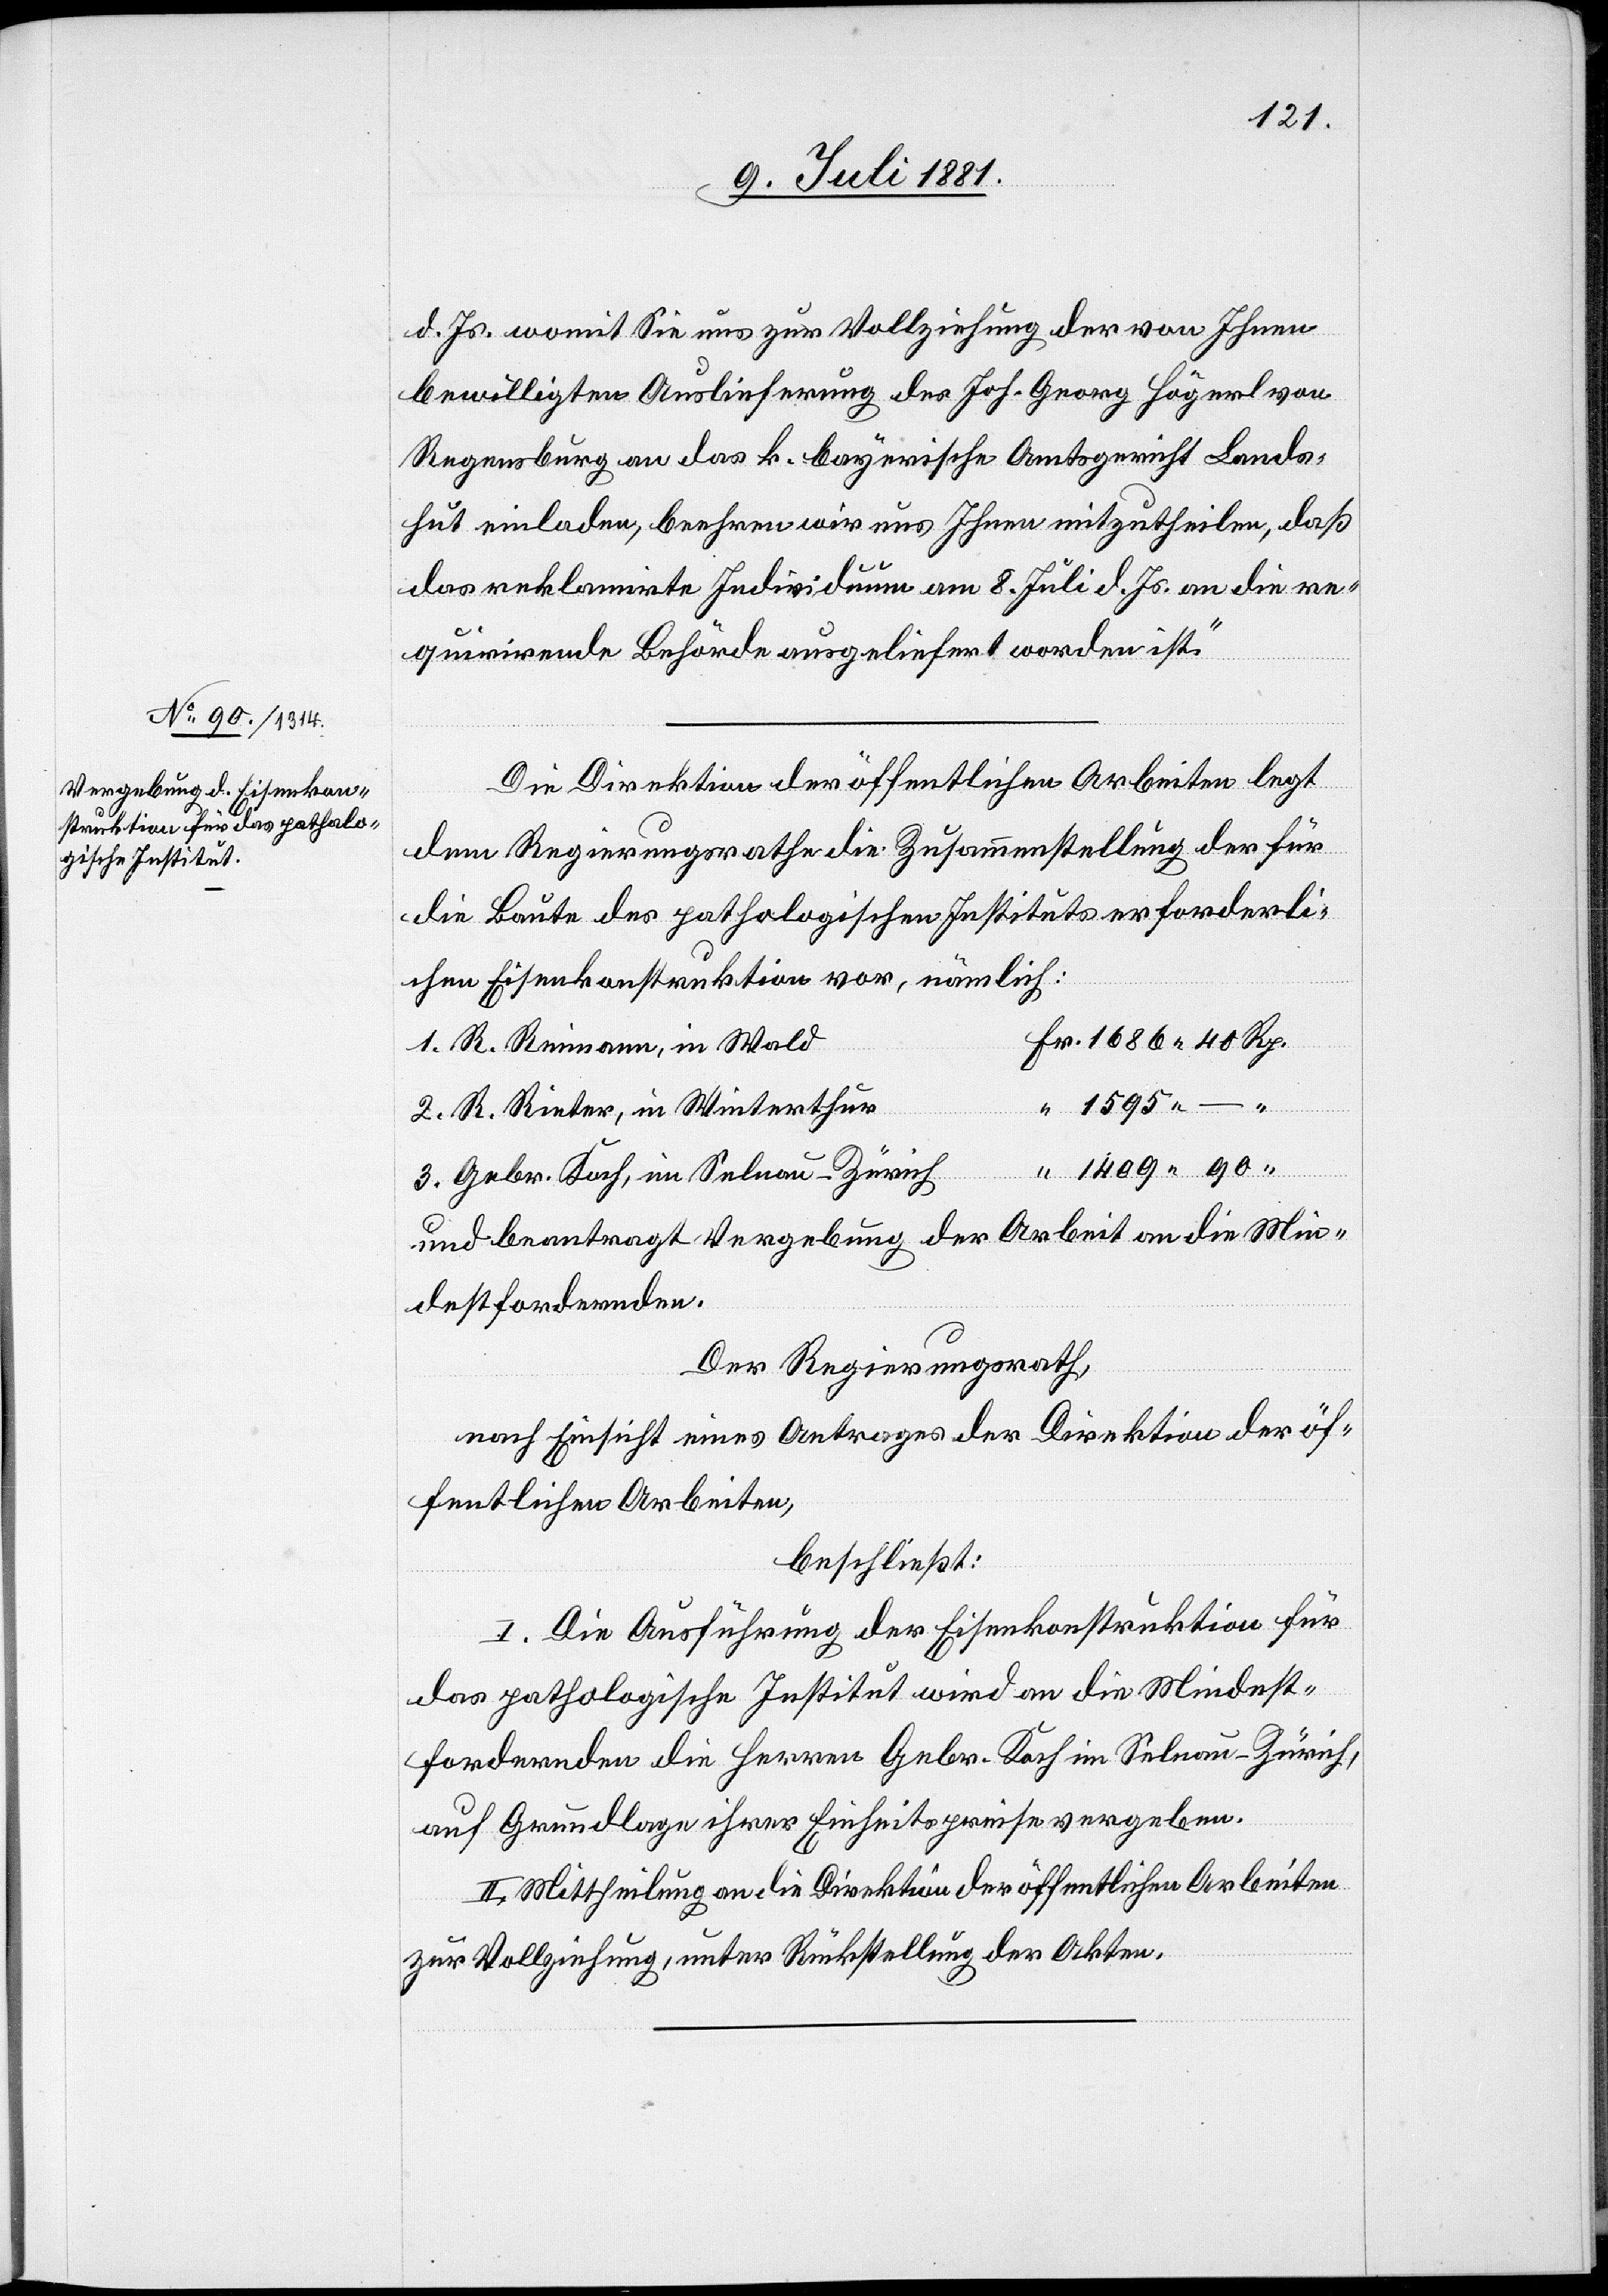
d. Js. womit Sie uns zur Vollziehung der von Ihnen
bewilligten Auslieferung des Joh. Georg Högerl von
Regensburg an das k. bayerische Amtsgericht Lands¬
hut einladen, beehren wir uns Ihnen mitzutheilen, daß
das reklamirte Individuum am 8. Juli d. Js. an die re¬
quirirende Behörde ausgeliefert worden ist.“
Fr.
Die Direktion der öffentlichen Arbeiten legt
dem Regierungsrathe die Zusammenstellung der für
die Baute des pathologischen Instituts erforderli¬
chen Eisenkonstruktion vor, nämlich:
1. R. Reimann, in Wald
2. R. Rieter, in Winterthur
3. Gebr. Koch, im Selnau - Zürich
und beantragt Vergebung der Arbeit an die Min¬
destfordernden.
Der Regierungsrath,
nach Einsicht eines Antrages der Direktion der öf¬
fentlichen Arbeiten,
beschließt:
I. Die Ausführung der Eisenkonstruktion für
das pathologische Institut wird an die Mindest¬
fordernden die Herren Gebr. Koch im Selnau - Zürich,
auf Grundlage ihrer Einheitspreise vergeben.
II. Mittheilung an die Direktion der öffentlichen Arbeiten
zur Vollziehung, unter Rückstellung der Akten.